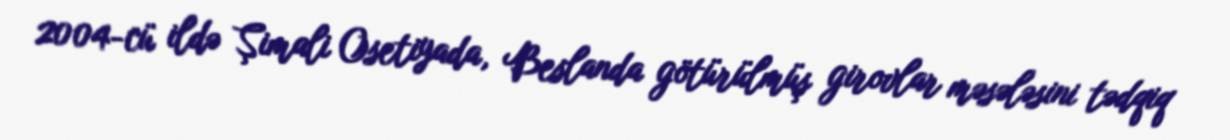
2004-cü ildə Şimali Osetiyada, Beslanda götürülmüş girovlar məsələsini tədqiq